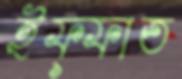
ইফ্ফাত